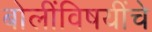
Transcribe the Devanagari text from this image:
बोलींविषयींचे